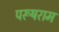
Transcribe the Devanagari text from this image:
परूषराम